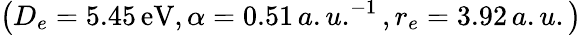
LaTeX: \left(D_{e}=5.45\, \mathrm{eV},\alpha=0.51\, a.u.^{-1},r_{e}=3.92\, a.u.\right)